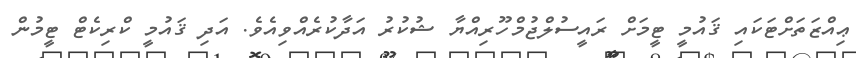
ޢިއްޒަތަށްޓަކައި ޤައުމީ ޓީމަށް ރައީސުލްޖުމްހޫރިއްޔާ ޝުކުރު އަދާކުރެއްވިއެވެ. އަދި ޤައުމީ ކްރިކެޓް ޓީމުން